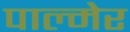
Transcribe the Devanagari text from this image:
पाल्मेर